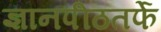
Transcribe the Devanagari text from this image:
ज्ञानपीठतर्फे